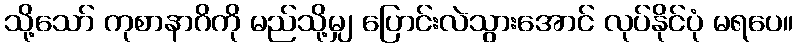
သို့သော် ကုစာနာဂိကို မည်သို့မျှ ပြောင်းလဲသွားအောင် လုပ်နိုင်ပုံ မရပေ။